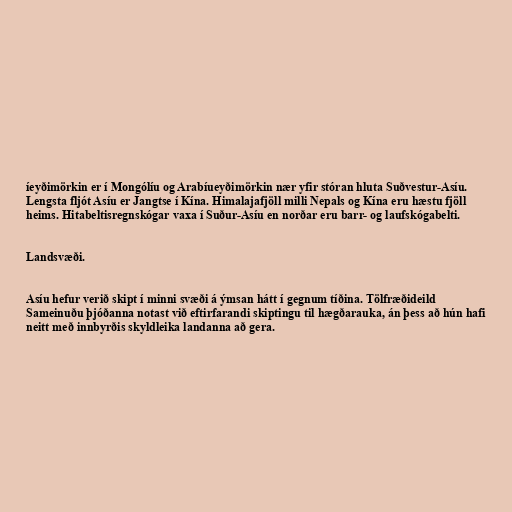
íeyðimörkin er í Mongólíu og Arabíueyðimörkin nær yfir stóran hluta Suðvestur-Asíu.
Lengsta fljót Asíu er Jangtse í Kína. Himalajafjöll milli Nepals og Kína eru hæstu fjöll
heims. Hitabeltisregnskógar vaxa í Suður-Asíu en norðar eru barr- og laufskógabelti.

Landsvæði.

Asíu hefur verið skipt í minni svæði á ýmsan hátt í gegnum tíðina. Tölfræðideild
Sameinuðu þjóðanna notast við eftirfarandi skiptingu til hægðarauka, án þess að hún hafi
neitt með innbyrðis skyldleika landanna að gera.